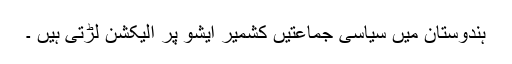
ہندوستان میں سیاسی جماعتیں کشمیر ایشو پر الیکشن لڑتی ہیں ۔